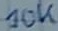
Text: 10K